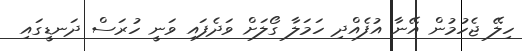
ހިލޭ ޖެހުމުން އޭނާ އުފެއްދި ހަމަލާ ގޯލަށް ވަދެފައި ވަނީ ހުރަސް ދަނޑީގައި